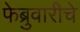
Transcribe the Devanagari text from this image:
फेब्रुवारीचे